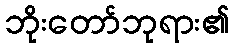
ဘိုးတော်ဘုရား၏